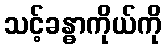
သင့်ခန္ဓာကိုယ်ကို